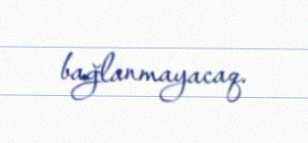
bağlanmayacaq.